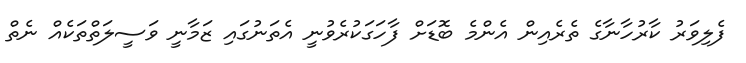
ފެލިވަރު ކާރުހާނާގެ ތެރެއިން އެންމެ ބޮޑަށް ފާހަގަކުރެވުނީ އެތަނުގައި ޒަމާނީ ވަސީލަތްތަކެއް ނެތް